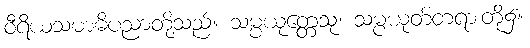
ဝီရိယသမာဓိပညာတို့သည်။ သမ္ပယုတ္တေသု၊ သမ္ပယုတ်တရားတို့၌။